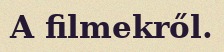
A filmekről.